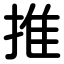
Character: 推